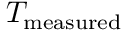
T _ { \mathrm { { m e a s u r e d } } }